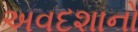
અવદશાનો